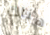
هناك